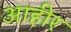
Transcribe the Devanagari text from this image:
आहीर